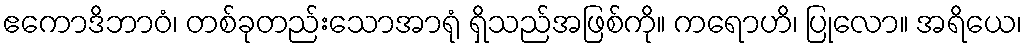
ဧကောဒိဘာဝံ၊ တစ်ခုတည်းသောအာရုံ ရှိသည်အဖြစ်ကို။ ကရောဟိ၊ ပြုလော။ အရိယေ၊